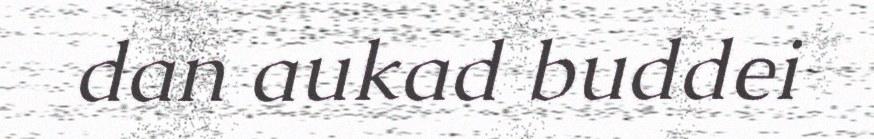
dan aukad buddei